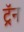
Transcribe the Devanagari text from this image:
ट्रॅन